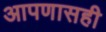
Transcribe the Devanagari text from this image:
आपणासही